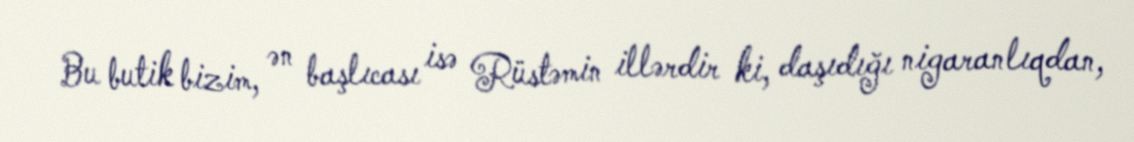
Bu butik bizim, ən başlıcası isə Rüstəmin illərdir ki, daşıdığı nigaranlıqdan,